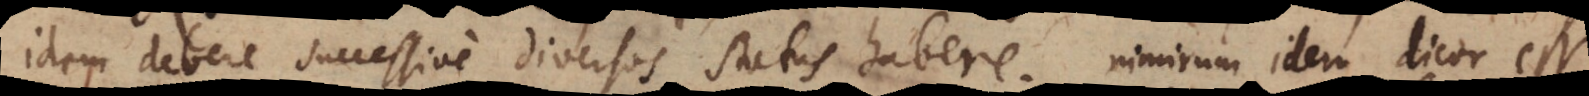
idem debere successive diversos status habere. Nimirum idem dicor esse